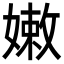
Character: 嫩